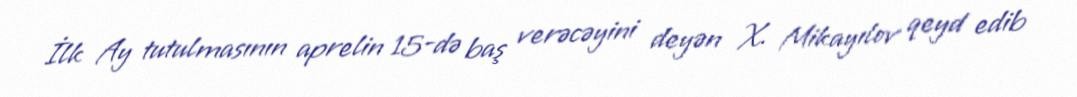
İlk Ay tutulmasının aprelin 15-də baş verəcəyini deyən X. Mikayılov qeyd edib